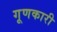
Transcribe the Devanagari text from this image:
गूणकारी